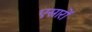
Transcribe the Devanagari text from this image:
एसारों